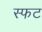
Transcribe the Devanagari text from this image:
स्फट